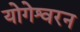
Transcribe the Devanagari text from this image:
योगेश्वरन